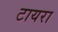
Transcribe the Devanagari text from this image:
टायरा